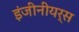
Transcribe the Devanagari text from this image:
इंजीनीयर्स